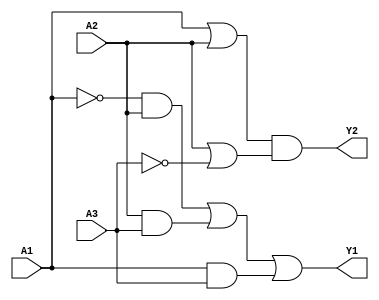
module combinational_logic_block (
    input wire A1, A2, A3,   // Example inputs
    output wire Y1, Y2      // Example outputs
);

// Sum of Products (SOP) representation for output Y1
// Assume Y1 = A1'A2 + A2A3 + A1A3
assign Y1 = (~A1 & A2) | (A2 & A3) | (A1 & A3);

// Product of Sums (POS) representation for output Y2
// Assume Y2 = (A1 + A2)(A2 + ~A3)
assign Y2 = (A1 | A2) & (A2 | ~A3);

endmodule